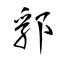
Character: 郛